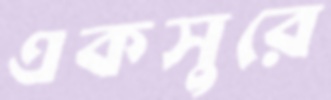
একসুরে